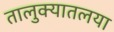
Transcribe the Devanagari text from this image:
तालुक्यातलया